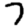
Digit: 7